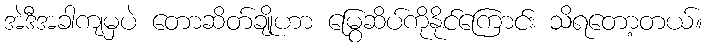
အဲဒီအခါကျမှပဲ တောဆိတ်ချိုဟာ မြွေဆိပ်ကိုနိုင်ကြောင်း သိရတော့တယ်။